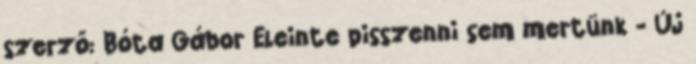
szerző: Bóta Gábor Eleinte pisszenni sem mertünk - Új